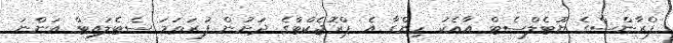
ފްރާންސްގެ ޔޫޓެލްސެޓް އާއެކު ހިންގާ އެ ޕްރޮޖެކްޓްގެ ދަށުން ފުރަތަމަ ސެޓެލައިޓް އަންނަ